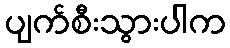
ပျက်စီးသွားပါက